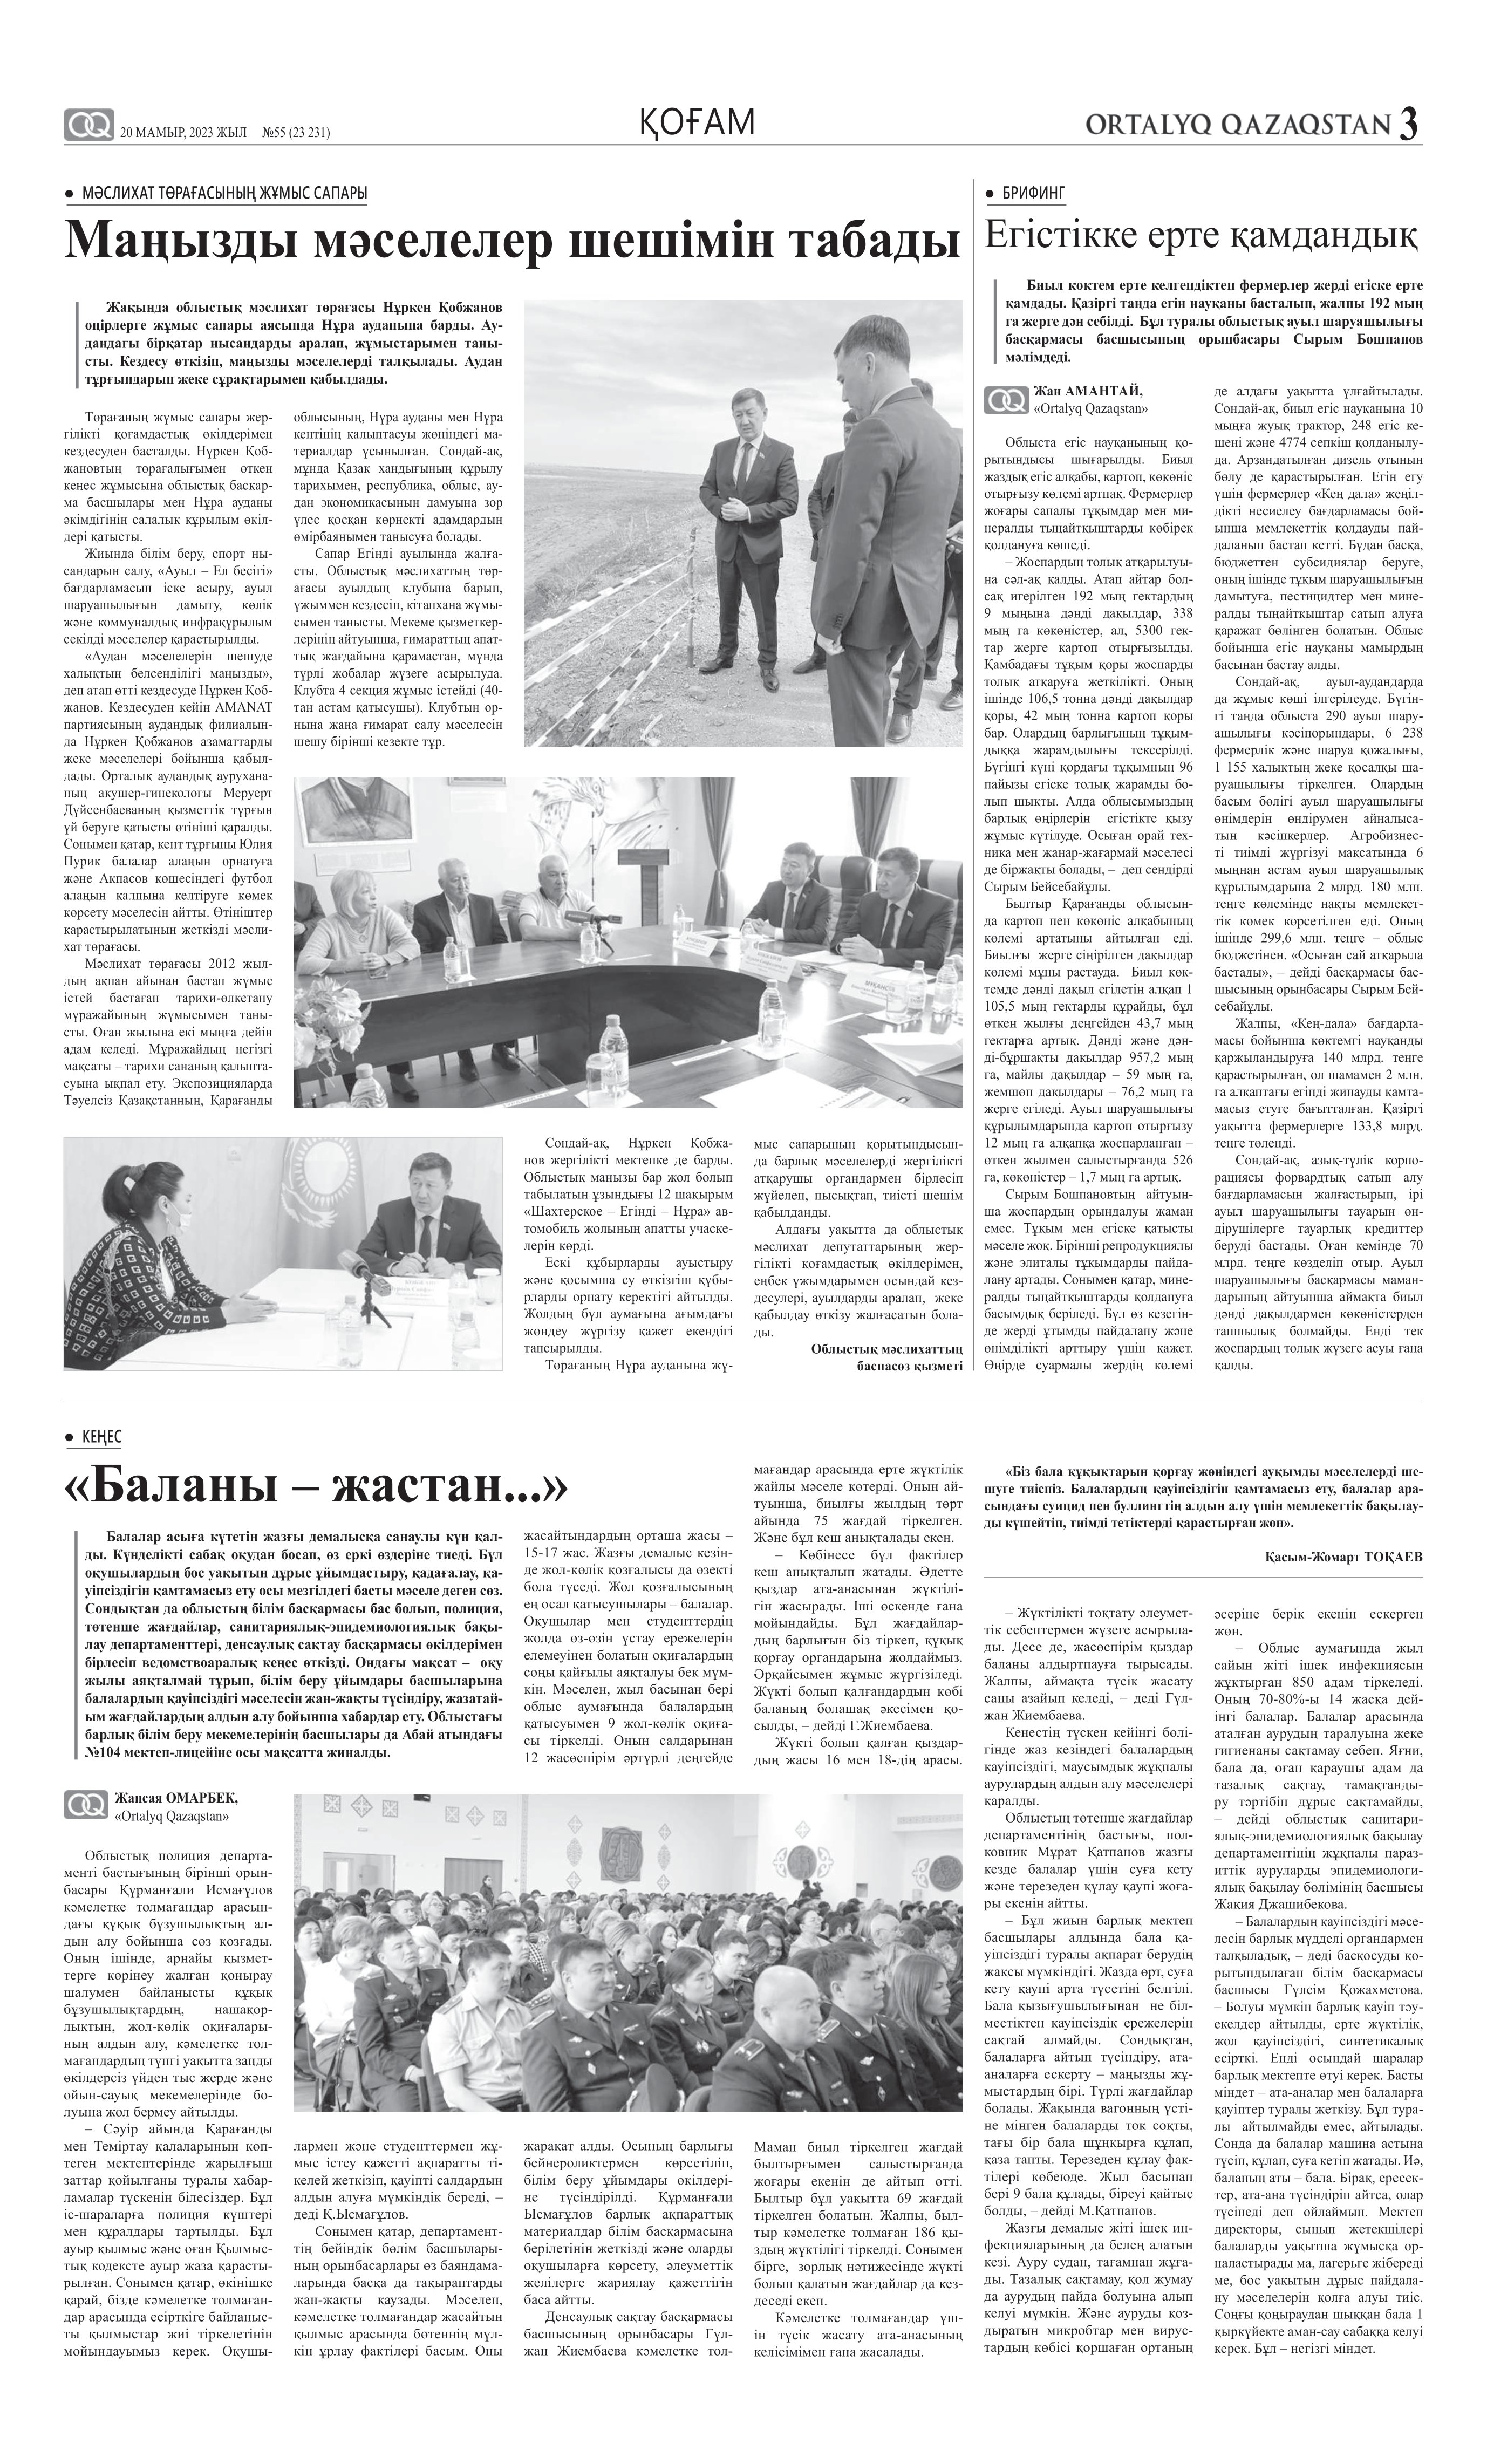
Language: kk